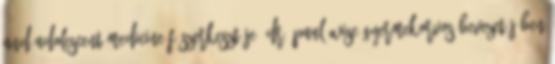
and Adolescent Medicine főszerkesztője, Dr. Paul Wise gyermekorvos bevezetőjében